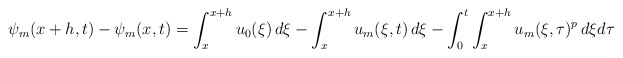
\begin{align*}\psi_{m}(x+h,t)-\psi_{m}(x,t)=\int_{x}^{x+h}u_{0}(\xi)\,d\xi-\int_{x}^{x+h}u_{m}(\xi,t)\,d\xi-\int_{0}^{t}\int_{x}^{x+h}u_{m}(\xi,\tau)^p\,d\xi d\tau\end{align*}